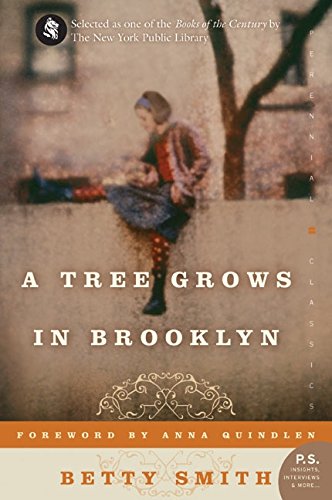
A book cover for A Tree Grows in Brooklyn (Perennial Classics); Betty Smith; Teen & Young Adult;